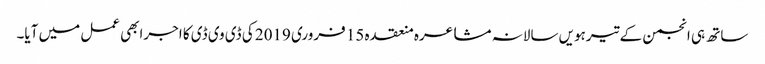
ساتھ ہی انجمن کے تیرہویں سالانہ مشاعرہ منعقدہ 15 فروری 2019 کی ڈی وی ڈی کا اجرابھی عمل میں آیا۔